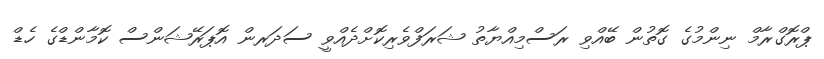
ޕްރޮގްރާމް ނިންމުގެ ގޮތުން ބޭއްވި ރަސްމިއްޔާތު ޝަރަފްވެރިކޮށްދެއްވީ ސަދަރން އޮޕަރޭޝަންސް ކޮމާންޑްގެ ހެޑް